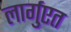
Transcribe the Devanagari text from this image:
लार्गुएत